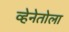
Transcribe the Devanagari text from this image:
व्हेनेतोला